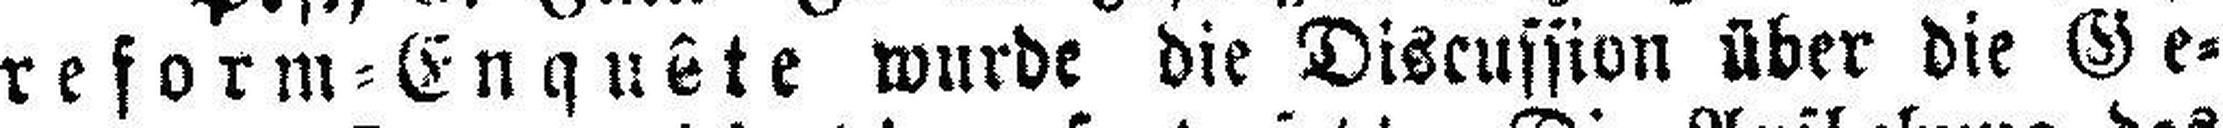
reform=Enquête wurde die Discussion über die Ge¬